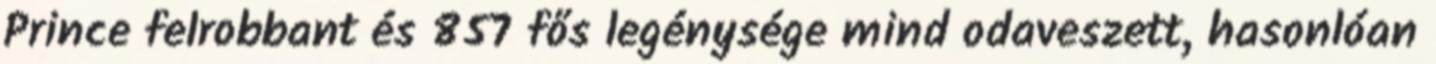
Prince felrobbant és 857 fős legénysége mind odaveszett, hasonlóan